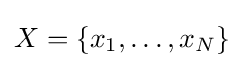
X=\{x_{1},\ldots ,x_{N}\}